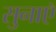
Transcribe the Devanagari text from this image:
सुनाएॅ